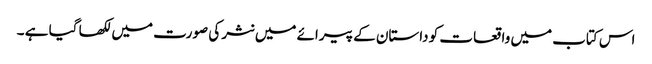
اس کتاب میں واقعات کو داستان کے پیرائے میں نثر کی صورت میں لکھا گیا ہے ۔